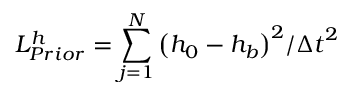
L _ { P r i o r } ^ { h } = \sum _ { j = 1 } ^ { N } { { { \left( { { h } _ { 0 } } - { { h } _ { b } } \right) } ^ { 2 } } / { { \Delta t } ^ { 2 } } }